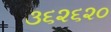
૩૬૨૬૨૦